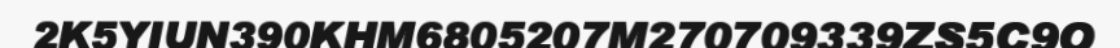
2K5YIUN390KHM6805207M270709339ZS5C9O